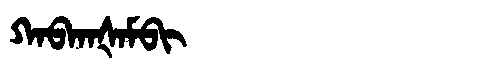
Manchu: ᡴᠠᠪᡴᠠᡧᠠᠮᠪᡳ
Romanization: KABKAŠAMBI